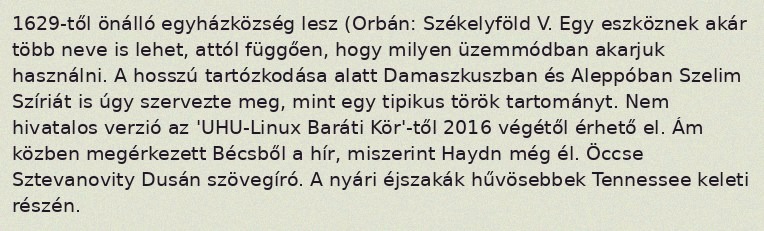
1629-től önálló egyházközség lesz (Orbán: Székelyföld V. Egy eszköznek akár több neve is lehet, attól függően, hogy milyen üzemmódban akarjuk használni. A hosszú tartózkodása alatt Damaszkuszban és Aleppóban Szelim Szíriát is úgy szervezte meg, mint egy tipikus török tartományt. Nem hivatalos verzió az 'UHU-Linux Baráti Kör'-től 2016 végétől érhető el. Ám közben megérkezett Bécsből a hír, miszerint Haydn még él. Öccse Sztevanovity Dusán szövegíró. A nyári éjszakák hűvösebbek Tennessee keleti részén.